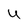
Character: u